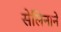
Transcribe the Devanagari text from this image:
सेलिनाने